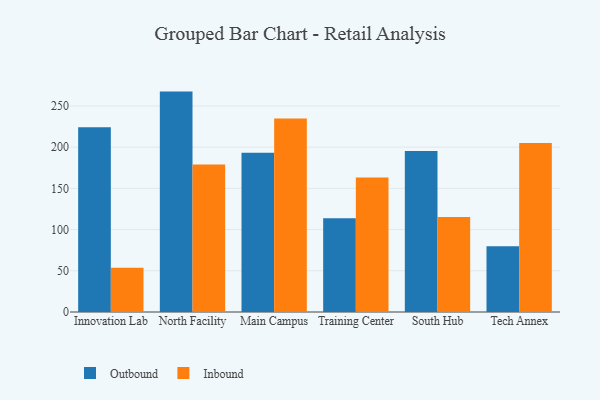
{"axis": {"x": "Campus", "y": "Backlog"}, "legend": ["Inbound", "Outbound"], "data": [{"x": "Innovation Lab", "y": 224.2, "type": "Outbound"}, {"x": "Innovation Lab", "y": 53.8, "type": "Inbound"}, {"x": "North Facility", "y": 267.4, "type": "Outbound"}, {"x": "North Facility", "y": 179.1, "type": "Inbound"}, {"x": "Main Campus", "y": 193.1, "type": "Outbound"}, {"x": "Main Campus", "y": 234.8, "type": "Inbound"}, {"x": "Training Center", "y": 113.8, "type": "Outbound"}, {"x": "Training Center", "y": 163.3, "type": "Inbound"}, {"x": "South Hub", "y": 195.4, "type": "Outbound"}, {"x": "South Hub", "y": 115.4, "type": "Inbound"}, {"x": "Tech Annex", "y": 79.9, "type": "Outbound"}, {"x": "Tech Annex", "y": 204.9, "type": "Inbound"}]}